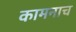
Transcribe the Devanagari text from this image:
कामनाच